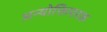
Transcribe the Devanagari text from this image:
अन्योक्तिपरक